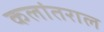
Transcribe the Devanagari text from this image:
कलांतराल